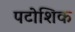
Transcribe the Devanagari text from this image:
पटोशिक